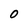
Character: O